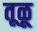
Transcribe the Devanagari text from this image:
तूळू